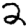
Digit: 2